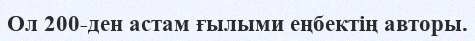
Ол 200-ден астам ғылыми еңбектің авторы.